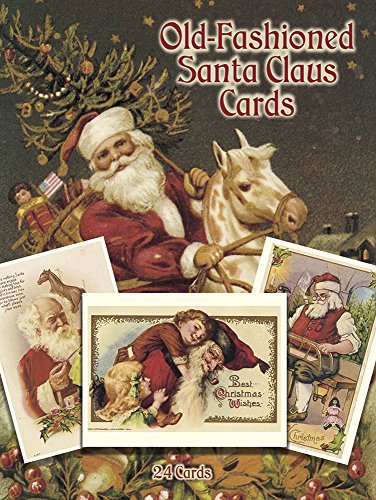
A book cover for Old-Fashioned Santa Claus Cards: 24 Cards (Dover Postcards); Crafts, Hobbies & Home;